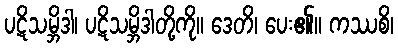
ပဋိသမ္ဘိဒါ၊ ပဋိသမ္ဘိဒါတို့ကို။ ဒေတိ၊ ပေး၏။ ကဿစိ၊